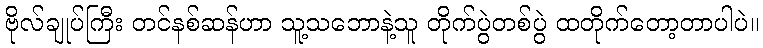
ဗိုလ်ချုပ်ကြီး တင်နစ်ဆန်ဟာ သူ့သဘောနဲ့သူ တိုက်ပွဲတစ်ပွဲ ထတိုက်တော့တာပါပဲ။